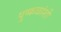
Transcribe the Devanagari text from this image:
पुष्कळांशी